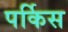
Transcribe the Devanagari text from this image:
पर्किस